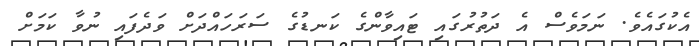
އެކުގައެވެ. ނަމަވެސް އެ ދަތުރުގައި ޓައިވާންގެ ކަނޑުގެ ސަރަހައްދަށް ވަދެފައި ނުވާ ކަމަށް